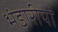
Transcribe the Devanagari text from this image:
भंडारीयां